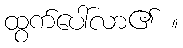
ထွက်ပေါ်လာ၏ ။